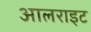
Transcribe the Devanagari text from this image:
आलराइट